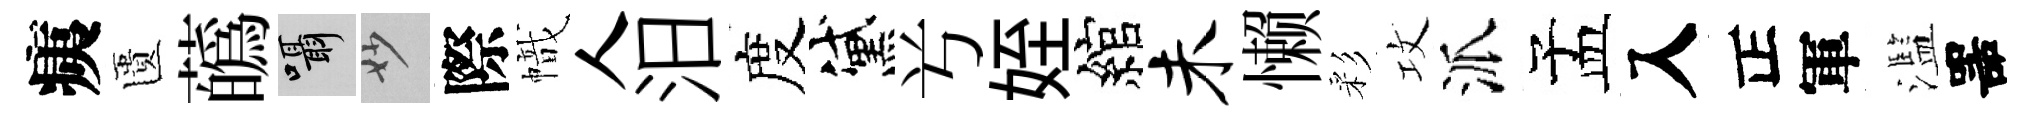
痍匱蘤囁妙際幟人汨度黛𠔃姪綰未懒彩攻派孟入正軍濫噐